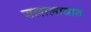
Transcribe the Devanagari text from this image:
जलालाबात